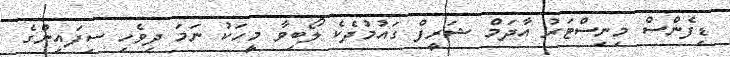
ޑިފެންސް މިނިސްޓަރު އާދަމް ޝަރީފް ގައުމުދެކެ ލޯބިވާ މީހަކު ނަމަ ދިވެހި ސިފައިންގެ